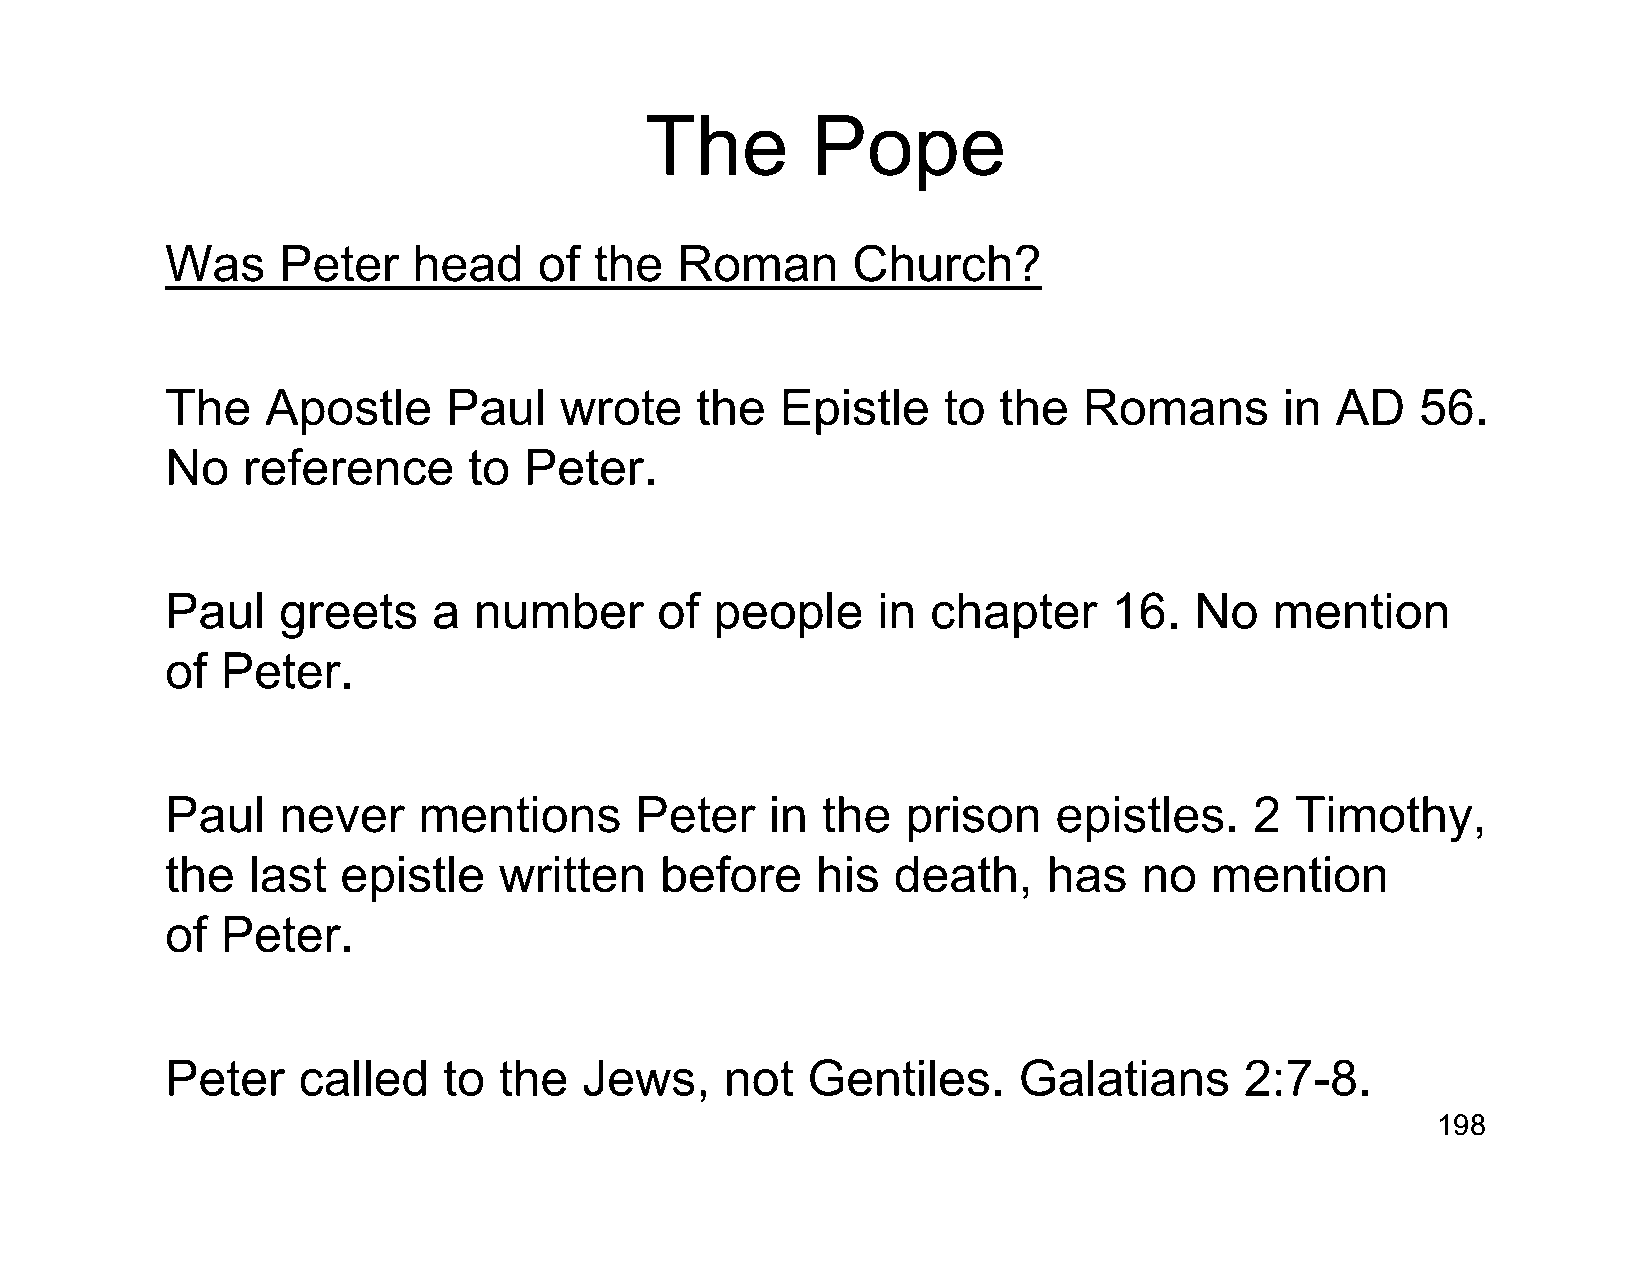
The        Pope
 Was    Peter    head     of the   Roman      Church?
 The    Apostle     Paul   wrote    the   Epistle   to  the   Romans       in AD    56.
 No   reference      to  Peter.
 Paul   greets     a number       of people     in  chapter     16.  No   mention
 of  Peter.
 Paul   never     mentions      Peter    in the   prison    epistles.    2  Timothy,
 the  last   epistle   written    before    his  death,    has    no  mention
 of  Peter.
 Peter    called   to  the   Jews,    not  Gentiles.     Galatians      2:7-8.
 198